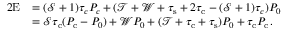
\begin{array} { r l } { { 2 } \mathrm { E } } & { = ( \mathcal { S } + 1 ) \tau _ { c } P _ { c } + ( \mathcal { T } + \mathcal { W } + \tau _ { \mathrm { s } } + 2 \tau _ { \mathrm { c } } - ( \mathcal { S } + 1 ) \tau _ { c } ) P _ { 0 } } \\ & { = \mathcal { S } \tau _ { \mathrm { c } } ( P _ { \mathrm { c } } - P _ { 0 } ) + \mathcal { W } P _ { 0 } + ( \mathcal { T } + \tau _ { \mathrm { c } } + \tau _ { \mathrm { s } } ) P _ { 0 } + \tau _ { \mathrm { c } } P _ { \mathrm { c } } \, . } \end{array}